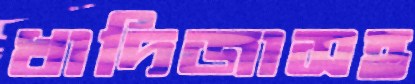
খাদিজাসহ